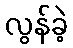
လွန်ခဲ့